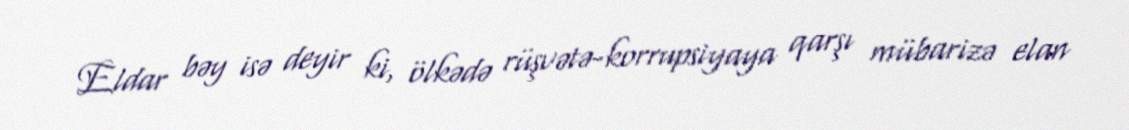
Eldar bəy isə deyir ki, ölkədə rüşvətə-korrupsiyaya qarşı mübarizə elan